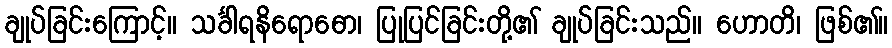
ချုပ်ခြင်းကြောင့်။ သင်္ခါရနိရောဓော၊ ပြုပြင်ခြင်းတို့၏ ချုပ်ခြင်းသည်။ ဟောတိ၊ ဖြစ်၏။